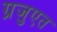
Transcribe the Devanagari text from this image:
ग़्रजुएत